Lock hospitals Punjab
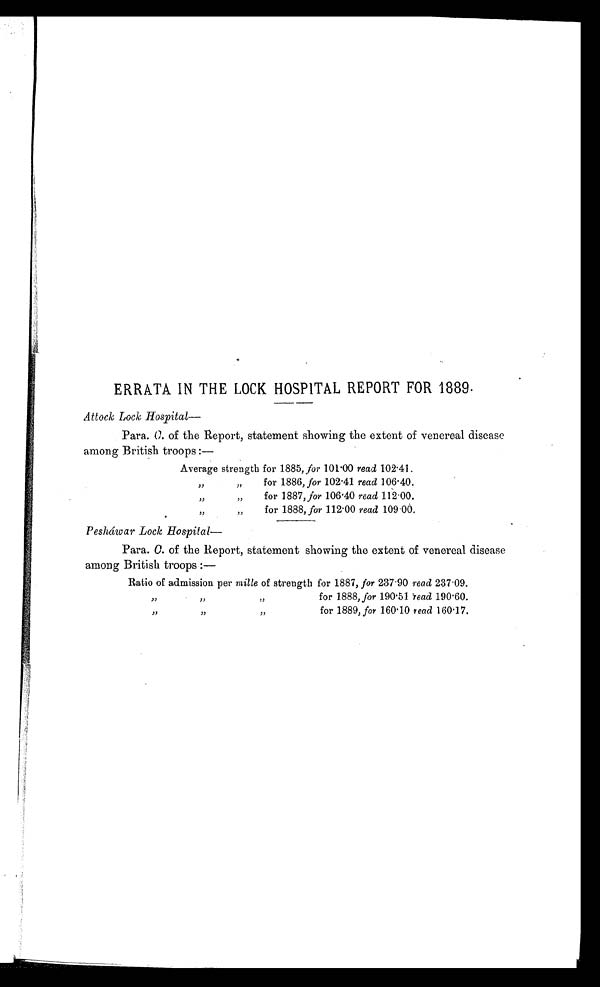
ERRATA IN THE LOCK HOSPITAL REPORT FOR 1889.
Attock Lock Hospital—
Para. C. of the Report, statement showing the extent of venereal disease
among British troops :—
Average strength for 1885, for 101.00 read 102.41.
”
”
for 1886, for 102.41 read 106.40.
”
” for 1887, for 106.40 read 112.00.
”
” for 1888, for 112.00 read 109.06.
Peshádwar Lock Hospital—
Para. C. of the Report, statement showing the extent of venereal disease
among British troops :—
Ratio of admission per m ille of strength for 1887, for 237.90 read 237.09.
”
”
”
for 1888, for 190.51 read 190.60.
” ”
”
for 1889, for 160.10 read 160.17.